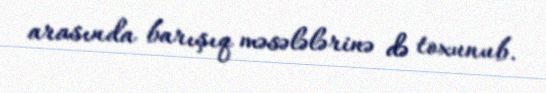
arasında barışıq məsələlərinə də toxunub.